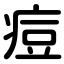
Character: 痘